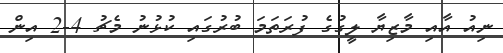
ނިއު އާއި މާޒިޔާ ލީގުގެ ފުރަތަމަ ބުރުގައި ކުޅުނު މެޗު 4-2 އިން